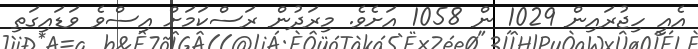
އެއީ ހިޖުރައިން 1029 ން 1058 އަށެވެ. މިރަދުން ރަސްކަމަށް އިސްވެ ވަޑައިގަތި